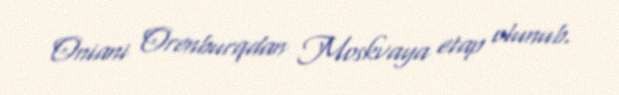
Oniani Orenburqdan Moskvaya etap olunub.